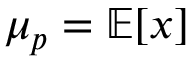
\mu _ { p } = \mathbb { E } [ x ]